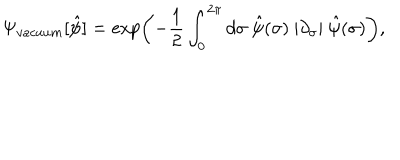
\Psi _ { v a c u u m } [ \hat { \psi } ] = \exp \left( - { \frac 1 2 } \int _ { 0 } ^ { 2 \pi } d \sigma { } ~ \hat { \psi } ( \sigma ) ~ | \partial _ { \sigma } | ~ \hat { \psi } ( \sigma ) \right) ,